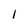
Character: l